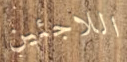
اللاجئين